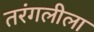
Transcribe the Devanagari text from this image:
तरंगलीला